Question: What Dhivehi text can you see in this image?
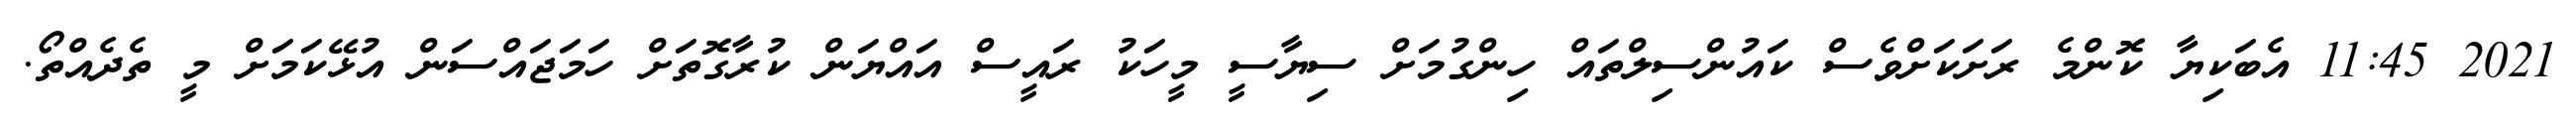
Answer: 2021 11:45 އެބަކިޔާ ކޮންމެ ރަށަކަށްވެސް ކައުންސިލްތައް ހިންގުމަށް ސިޔާސީ މީހަކު ރައީސް އައްޔަން ކުރާގޮތަށް ހަމަޖައްސަން އުޅޭކަމަށް މީ ތެދެއްތޯ.